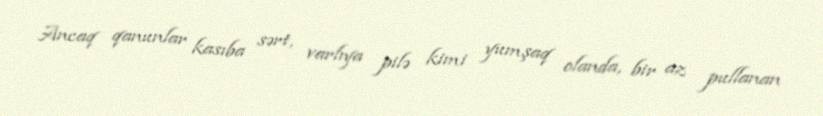
Ancaq qanunlar kasıba sərt, varlıya pilə kimi yumşaq olanda, bir az pullanan